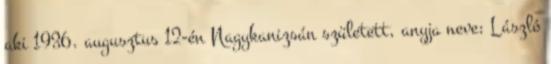
aki 1936. augusztus 12-én Nagykanizsán született, anyja neve: László